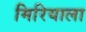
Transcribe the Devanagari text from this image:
मिरियाला